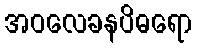
အဝလေခနပိဓရော